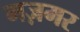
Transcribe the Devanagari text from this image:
मज़मर